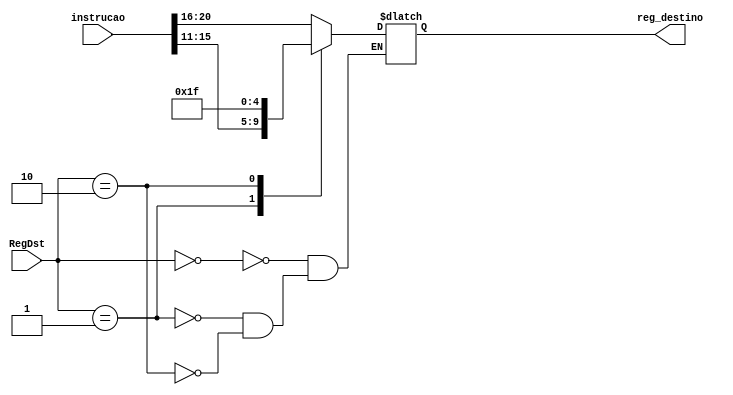
// multiplexador determina registrador de escrita para o banco de registradores
module mux_reg_escr (instrucao, reg_destino, RegDst);
input [31:0] instrucao; // contm a instruo sendo executada
input [1:0] RegDst; // sinal que determina qual registrador receber dados
output reg [4:0] reg_destino; // contm a posio do registrador de destino

initial reg_destino = 2'd0;

always @(instrucao or reg_destino or RegDst)
begin
	case (RegDst) // sinal de controle do multiplexador
		2'd0:
			reg_destino = instrucao[20:16]; // determina rt como registrador destino
		2'd1:
			reg_destino = instrucao[15:11]; // determina rd como registrador destino
		2'd2:
			reg_destino = 5'd31; // determina ra como registrador destino
	endcase
end
endmodule